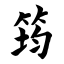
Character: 筠